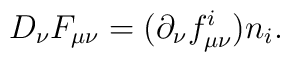
D_\nu F_{\mu \nu }=(\partial _\nu f_{\mu \nu }^i)n_i.